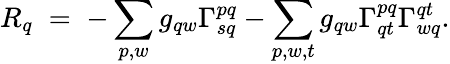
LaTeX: R_{q}\; =\; -\sum_{p,w}g_{qw}\Gamma_{sq}^{pq}-\sum_{p,w,t}g_{qw}\Gamma_{qt}^{pq}\Gamma_{wq}^{qt}.